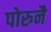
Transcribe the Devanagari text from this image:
पोरुनै